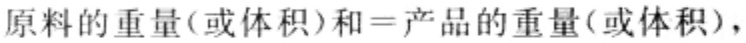
原料的重量(或体积)和=产品的重量(或体积)，